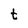
Character: t